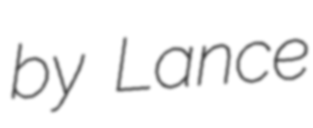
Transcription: by Lance